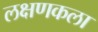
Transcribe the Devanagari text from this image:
लक्षणकला